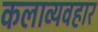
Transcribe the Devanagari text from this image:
कलाव्यवहार